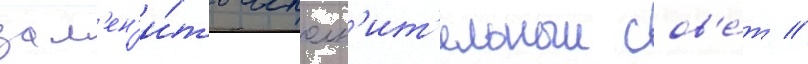
зам'ен'и́ть исполн'ит'ельныи сов'е́т //